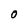
Character: O